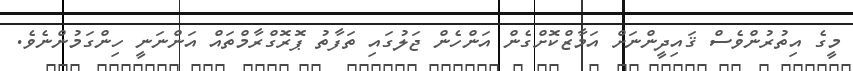
މީގެ އިތުރުންވެސް ޤައިދީންނަށް އަމާޒްކޮށްގެން އަންހެން ޖަލުގައި ތަފާތު ޕޮރޮގްރާމްތައް އަންނަނީ ހިންގަމުންނެވެ.